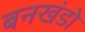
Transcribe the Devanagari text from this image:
बनखंडो